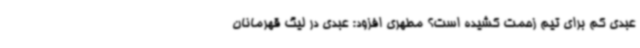
عبدی کم برای تیم زحمت کشیده است؟ مطهری افزود: عبدی در لیگ قهرمانان